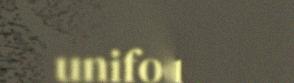
unifoormu